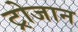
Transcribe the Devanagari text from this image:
ट्रोजान